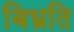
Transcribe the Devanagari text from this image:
बिभ्रति